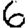
Digit: 6